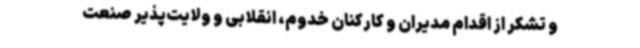
و تشکر از اقدام مدیران و کارکنان خدوم، انقلابی و ولایت‌پذیر صنعت